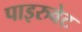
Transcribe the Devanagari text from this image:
पाइरुवेट